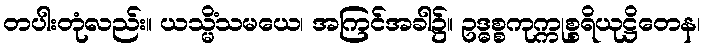
တပါးတုံလည်း။ ယသ္မိံသမယေ၊ အကြင်အခါ၌။ ဥဒ္ဓစ္စကုက္ကုစ္စရိယုဋ္ဌိတေန၊